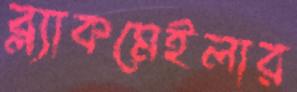
ব্ল্যাকমেইলার